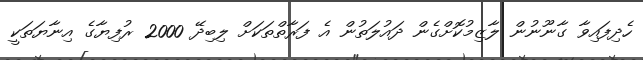
ހެދިފައިވާ ގާނޫނުން ލާޒިމުކޮށްގެން ދައުލަތުން އެ ފަރާތްތަކަށް ލިބިދޭ 2000 ރުފިޔާގެ އިނާޔަތަކީ